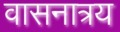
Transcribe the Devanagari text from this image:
वासनात्रय